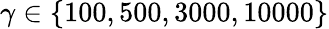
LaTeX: \gamma\in\{ 100,500,3000,10000\}